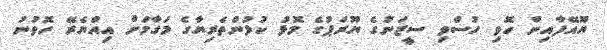
ޔޫއޭފާއިން ހޮވި ހުސްވި ސީޒަނުގެ ޔޫރަޕުގެ މޮޅު ކުޅުންތެރިޔާގެ މަގާމަށް އިއްޔެރޭ ހޮވުނު